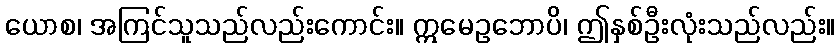
ယောစ၊ အကြင်သူသည်လည်းကောင်း။ ဣမေဥဘောပိ၊ ဤနှစ်ဦးလုံးသည်လည်း။